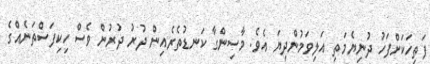
ފަތިހަކަށްފަހު ދުނިޔެމަތި އަލިވަމުންދިޔަ އެވެ. މާސިންގާ ކަނޑުތެރެއިން ދުރު ދުރުން ވެސް ހިކިފަސްތަނެއްގެ